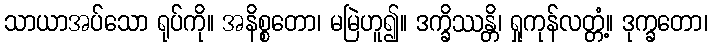
သာယာအပ်သော ရုပ်ကို။ အနိစ္စတော၊ မမြဲဟူ၍။ ဒက္ခိဿန္တိ၊ ရှုကုန်လတ္တံ့။ ဒုက္ခတော၊